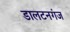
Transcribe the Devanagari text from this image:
डालटनगंज